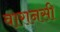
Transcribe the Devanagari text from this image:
वारानसी